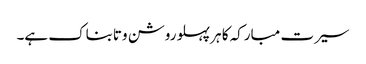
سیرت مبارکہ کا ہر پہلو روشن وتابناک ہے۔